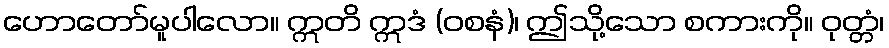
ဟောတော်မူပါလော။ ဣတိ ဣဒံ (ဝစနံ)၊ ဤသို့သော စကားကို။ ဝုတ္တံ၊